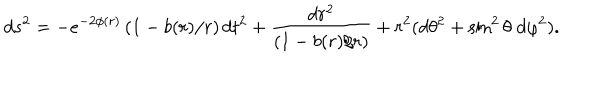
d s ^ { 2 } = - e ^ { - 2 \phi ( r ) } \left( 1 - b ( r ) / r \right) d t ^ { 2 } + { \frac { d r ^ { 2 } } { \left( 1 - b ( r ) / r \right) } } + r ^ { 2 } ( d \theta ^ { 2 } + \sin ^ { 2 } \theta \; d \varphi ^ { 2 } ) .